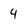
Character: 4